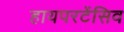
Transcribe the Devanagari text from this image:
हायपरटेंसिव